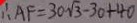
\therefore A F = 3 0 \sqrt { 3 } - 3 0 + 4 0